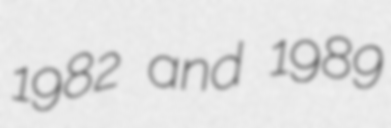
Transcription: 1982 and 1989